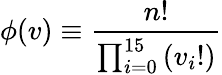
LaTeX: \phi(v)\equiv\frac{n!}{\prod_{i=0}^{15}\left(v_{i}!\right)}